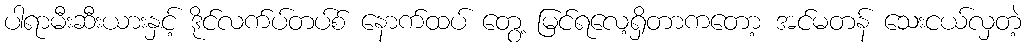
ပါရာမီးဆီးယားနှင့် ဒိုင်လက်ပ်တပ်စ် နောက်ထပ် တွေ့ မြင်ရလေ့ရှိတာကတော့ အင်မတန် သေးငယ်လှတဲ့